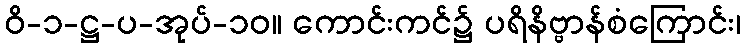
ဝိ-၁-ဋ္ဌ-ပ-အုပ်-၁၀။ ကောင်းကင်၌ ပရိနိဗ္ဗာန်စံကြောင်း၊